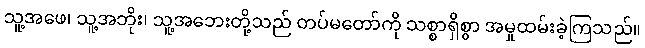
သူ့အဖေ၊ သူ့အဘိုး၊ သူ့အဘေးတို့သည် တပ်မတော်ကို သစ္စာရှိစွာ အမှုထမ်းခဲ့ကြသည်။